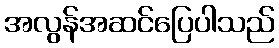
အလွန်အဆင်ပြေပါသည်